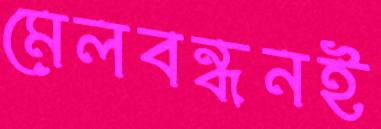
মেলবন্ধনই